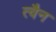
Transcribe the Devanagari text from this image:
त्वैन